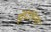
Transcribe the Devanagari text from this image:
झेपेलिनचे